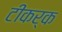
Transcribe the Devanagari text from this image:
टीकर्क